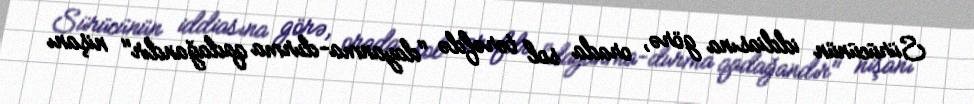
Sürücünün iddiasına görə, orada sol tərəfdə "dayanma-durma qadağandır" nişanı